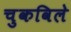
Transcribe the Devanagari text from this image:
चुकविले